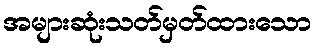
အများဆုံးသတ်မှတ်ထားသော